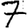
Digit: 7